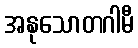
အနုသောတဂါမီ